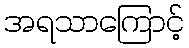
အရသာကြောင့်